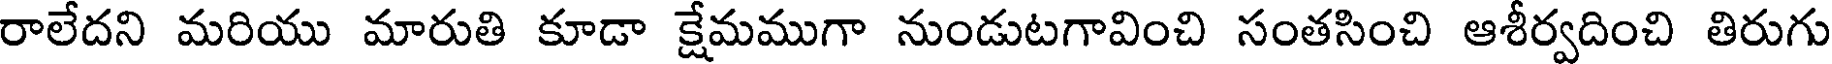
రాలేదని మరియు మారుతి కూడా క్షేమముగా నుండుటగావించి సంతసించి ఆశీర్వదించి తిరుగు